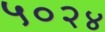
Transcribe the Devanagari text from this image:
५०२४